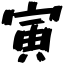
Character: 寅